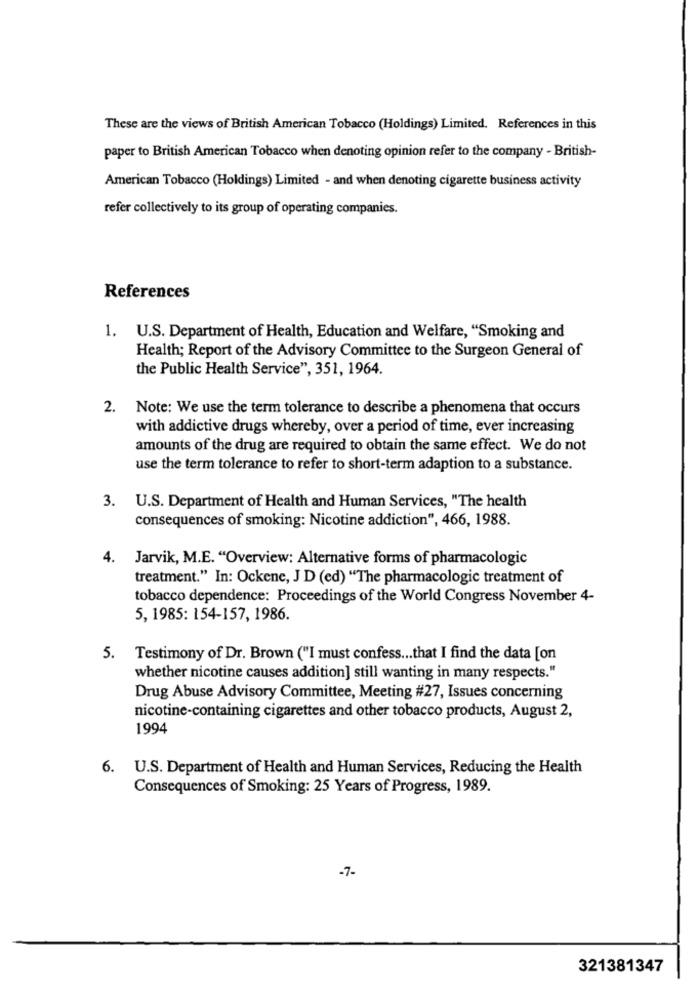
These are the views of British American Tobacco (Holdings) Limited. References in this
paper to British American Tobacco when denoting opinion refer to the company - British-
American Tobacco (Holdings) Limited - and when denoting cigarette business activity
refer collectively to its group of operating companies.
References
1.
U.S. Department of Health, Education and Welfare, "Smoking and
Health; Report of the Advisory Committee to the Surgeon General of
the Public Health Service", 351, 1964.
2. Note: We use the term tolerance to describe a phenomena that occurs
with addictive drugs whereby, over a period of time, ever increasing
amounts of the drug are required to obtain the same effect. We do not
use the term tolerance to refer to short-term adaption to a substance.
3. U.S. Department of Health and Human Services, "The health
consequences of smoking: Nicotine addiction", 466, 1988.
4.
Jarvik, M.E. "Overview: Alternative forms of pharmacologic
treatment." In: Ockene, J D (ed) "The pharmacologic treatment of
tobacco dependence: Proceedings of the World Congress November 4-
5, 1985: 154-157, 1986.
5.
Testimony of Dr. Brown ("I must confess ... that I find the data [on
whether nicotine causes addition] still wanting in many respects."
Drug Abuse Advisory Committee, Meeting #27, Issues concerning
nicotine-containing cigarettes and other tobacco products, August 2,
1994
6.
U.S. Department of Health and Human Services, Reducing the Health
Consequences of Smoking: 25 Years of Progress, 1989.
-7-
321381347